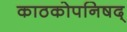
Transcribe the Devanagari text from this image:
काठकोपनिषद्